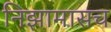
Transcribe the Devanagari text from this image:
निझामासच